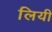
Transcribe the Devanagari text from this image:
लियी